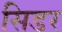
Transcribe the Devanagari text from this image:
सिडर